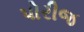
પોરીજ